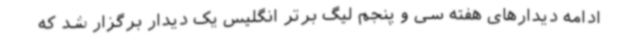
ادامه دیدارهای هفته سی و پنجم لیگ برتر انگلیس یک دیدار برگزار شد که